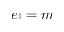
| e | = m